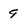
Character: 9